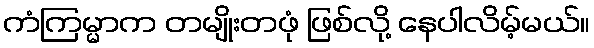
ကံကြမ္မာက တမျိုးတဖုံ ဖြစ်လို့ နေပါလိမ့်မယ်။